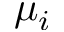
\mu _ { i }